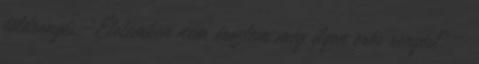
földrengés. “Életemben nem éreztem még ilyen erős rengést” –